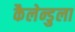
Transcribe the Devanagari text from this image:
कैलेन्डुला